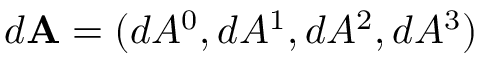
d \mathbf { A } = ( d A ^ { 0 } , d A ^ { 1 } , d A ^ { 2 } , d A ^ { 3 } )